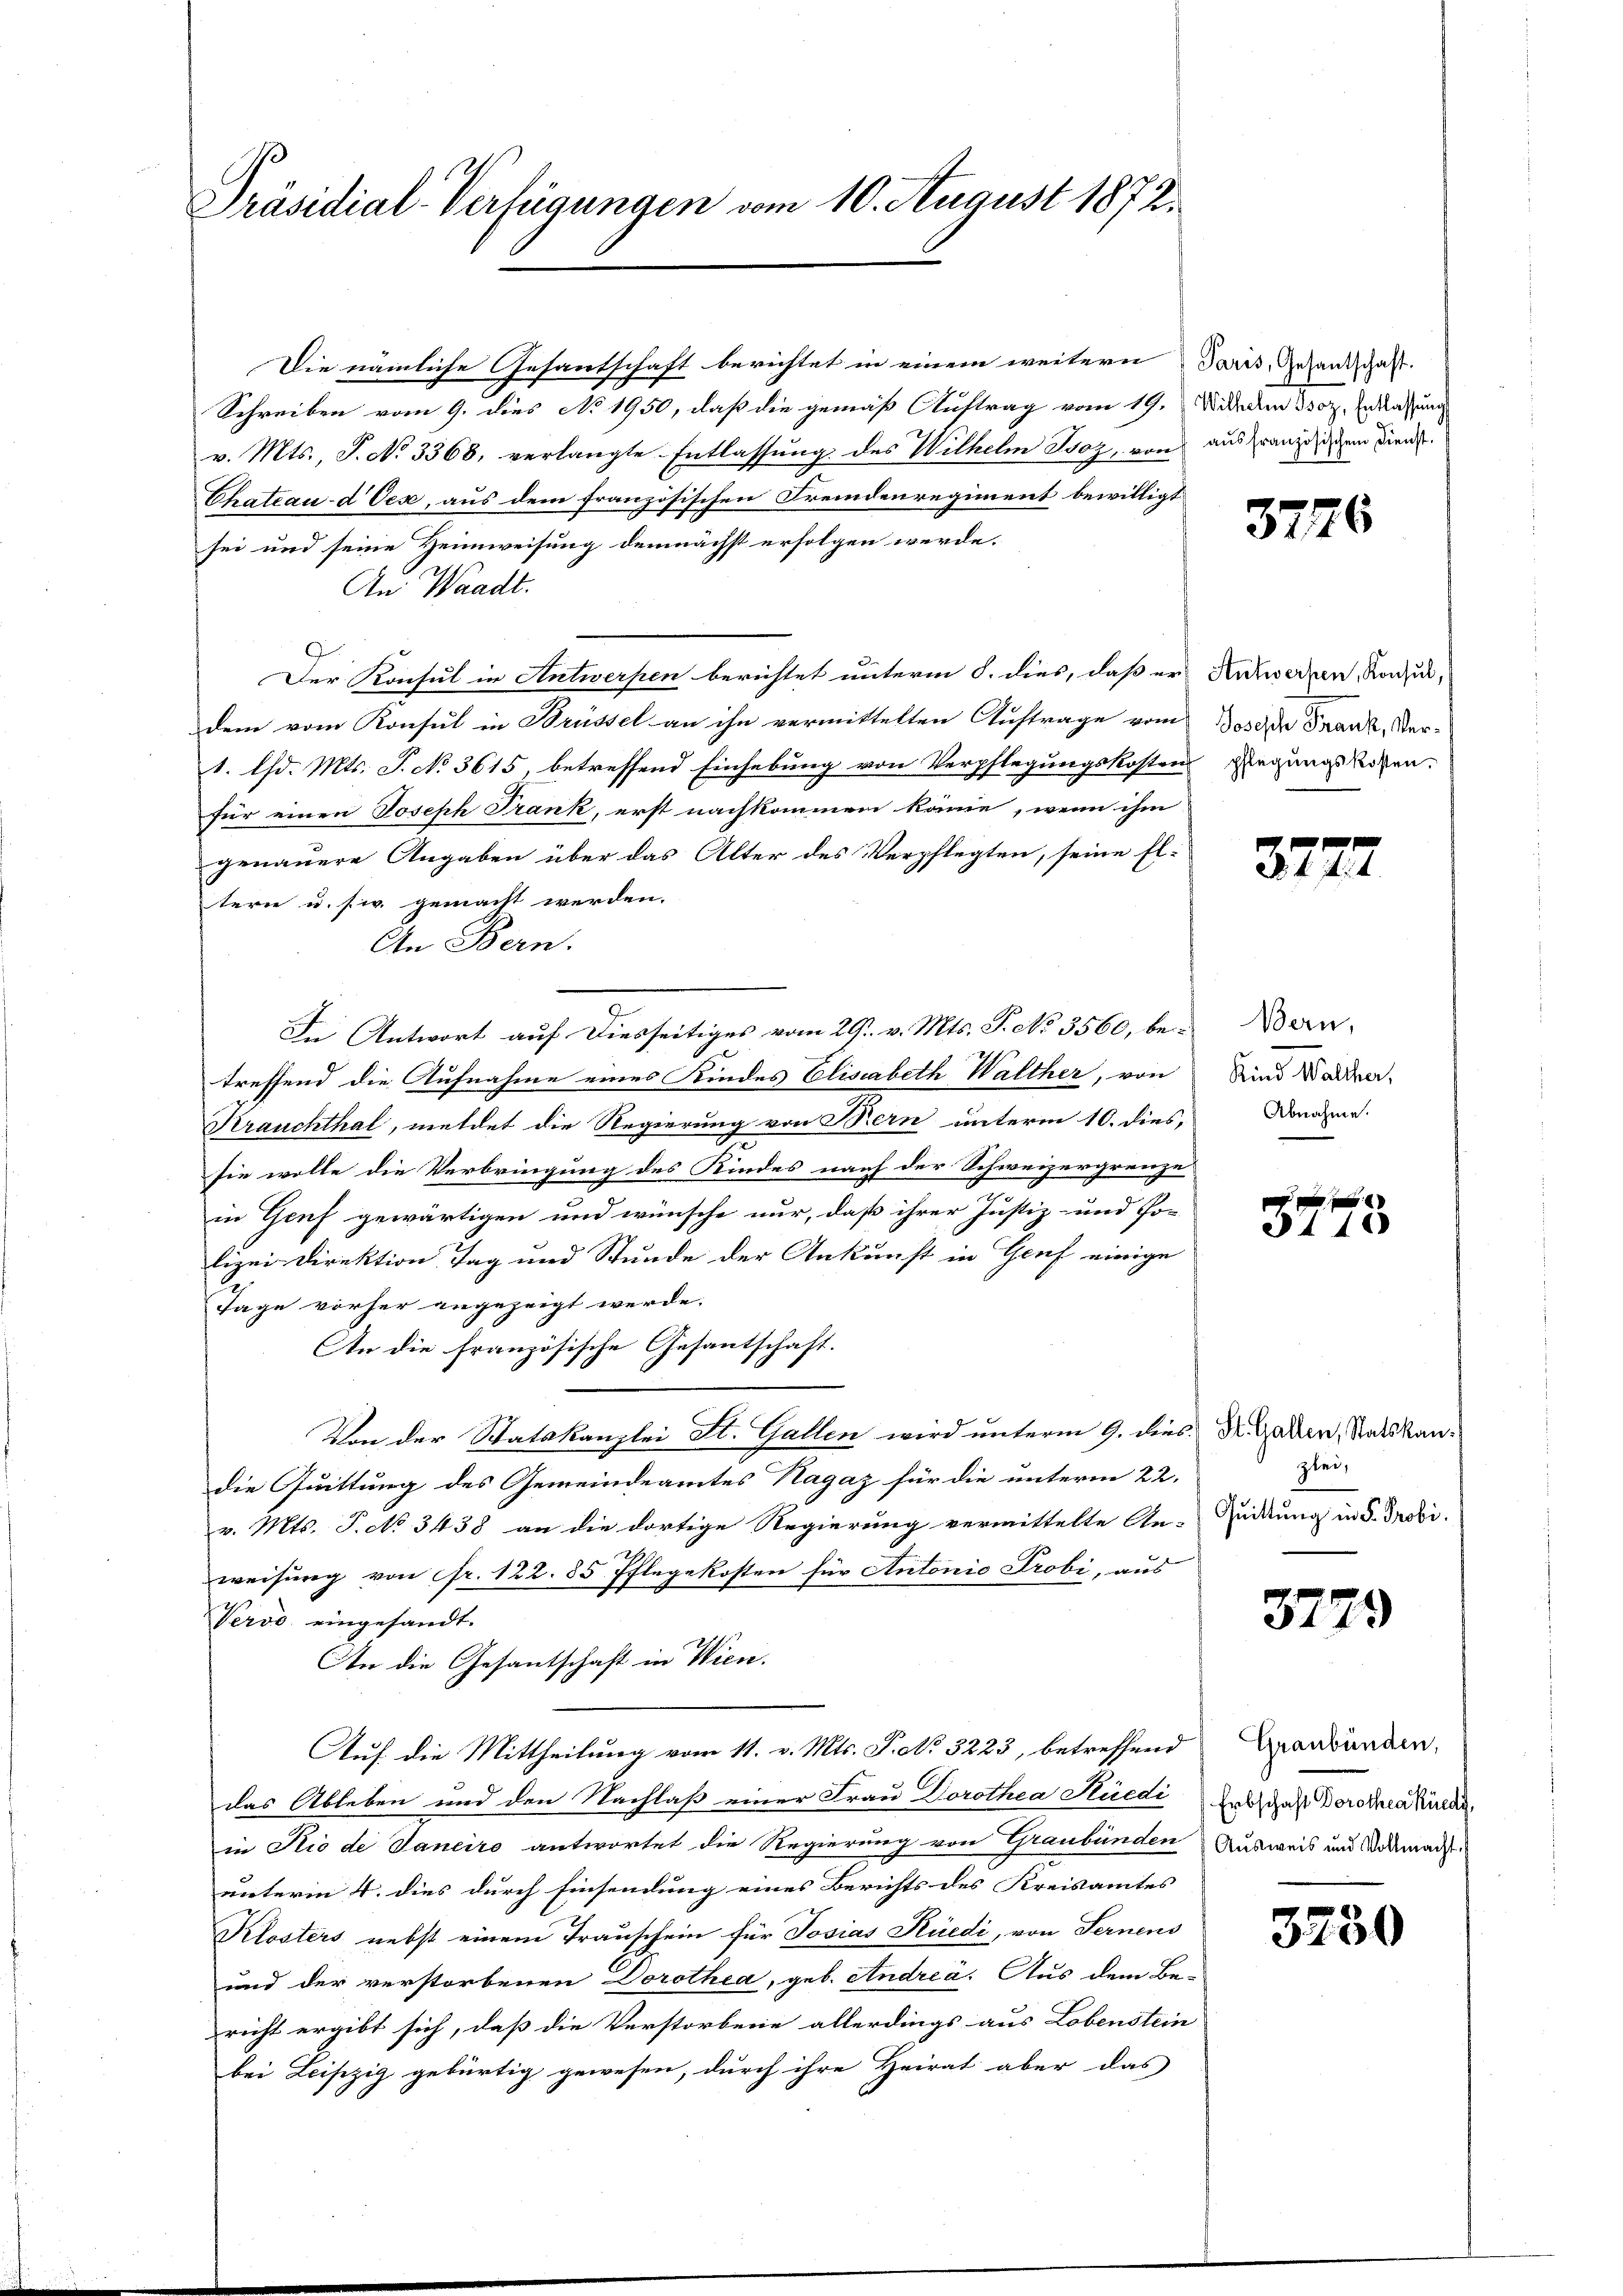
Präsidial-Verfügungen vom 10. August 1872.

Die nämliche Gesantschaft berichtet in einem weitern Paris, Gesandschaft.
Schreiben vom 9. dies No 1950, daß die gemäß Auftrag vom 19. Widerm 30. In das un
v. Mts., S. No 3368, verlangte Entlassung des Wilhelm Boz, von aus franzigem Diens
Chateau d Oese, aus dem französischen Fremdenregiment bewilligt
sei und seine Heimweisung demnächst erfolgen werde.
An Waadt.
.
Der Konsul in Antwerpen berichtet unterm 8. dies, daß er Anwerzen, Konsul,
dem vom Konsul in Brüssel an ihn vermittelten Auftrage vom Dose Frank, Ver¬
1. Chd. Mts. S. No 3615, betreffend Einhebung von Verpflegungskosten Dingungslosen.
für einen Joseph Frank, erst nachkommen könne, wenn ihm
genauere Angaben über das Alter des Verpflegten, seine Eltern u. s. w. gemacht werden.
An Bern.
In Antwort auf diesseitiges vom 29. v. Mts. S. No 3560, betreffend die Aufnahme eines Kindes Elisabeth Walther, von
Krauchthal, meldet die Regierung von Bern unterm 10. dies,
sie wolle die Verbringung des Kindes nach der Schweizergrenze
in Genf gewärtigen und wünsche nur, daß ihrer Justiz- und Po-
lizei Direktion Tag und Stunde der Ankunft in Genf einige
Tage vorher angezeigt werde.
An die französische Gesantschaft.
Von der Statskanzlei St. Gallen wird unterm 9. dies Dr. Gaden, Statskandie Quittung des Gemeindeamtes Hagaz für die unterm 22.
v. Mts. P. No 3438 an die dortige Regierung vermittelte An-Zückung in d. Probi
weisung von Fr. 122. 85 Pflegekosten für Antonio Probi, aus
Vervo eingesandt.
An die Gesantschaft in Wien.
Auf die Mittheilung vom 11. v. Mts. P. No 3223, betreffend
das Ableben und den Nachlaß einer Frau Dorothea Hüedi Erbschaft Dorothea Niede
in Rio de Janeiro antwortet die Regierung von Graubünden Ausweis und Widmacht.
unterm 4. dies durch Einsendung eines Berichts des Kreisamtes
Klosters nebst einem Trauschein für Josias Rüedi, von Fernens
und der verstorbenen Dorothea, geb. Andrea. Aus dem Be-
richt ergibt sich, daß die Verstorbene allerdings aus Lobenstein
bei Leipzig gebürtig gewesen, durch ihre Heirat aber das

3726

3772

Bern,
Kind Walther,
Abnahme.

3140

zlei,

3729

Graubünden,

3250